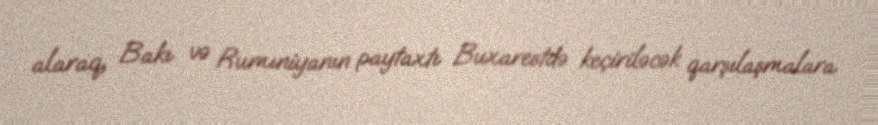
alaraq, Bakı və Rumıniyanın paytaxtı Buxarestdə keçiriləcək qarşılaşmalara